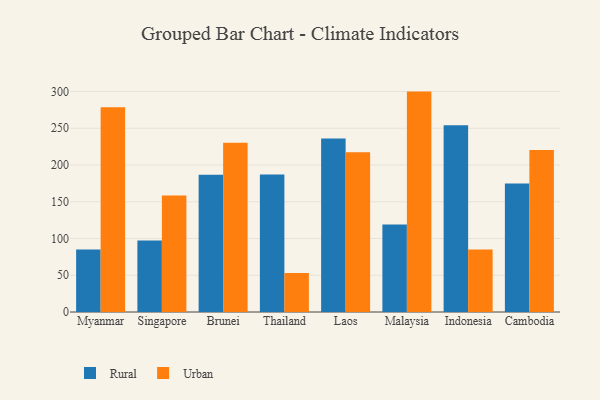
{"axis": {"x": "Country", "y": "Inventory Turnover"}, "legend": ["Rural", "Urban"], "data": [{"x": "Myanmar", "y": 84.9, "type": "Rural"}, {"x": "Myanmar", "y": 278.6, "type": "Urban"}, {"x": "Singapore", "y": 97.4, "type": "Rural"}, {"x": "Singapore", "y": 158.5, "type": "Urban"}, {"x": "Brunei", "y": 186.8, "type": "Rural"}, {"x": "Brunei", "y": 230.4, "type": "Urban"}, {"x": "Thailand", "y": 187.0, "type": "Rural"}, {"x": "Thailand", "y": 52.9, "type": "Urban"}, {"x": "Laos", "y": 236.2, "type": "Rural"}, {"x": "Laos", "y": 217.3, "type": "Urban"}, {"x": "Malaysia", "y": 119.0, "type": "Rural"}, {"x": "Malaysia", "y": 299.9, "type": "Urban"}, {"x": "Indonesia", "y": 254.2, "type": "Rural"}, {"x": "Indonesia", "y": 84.9, "type": "Urban"}, {"x": "Cambodia", "y": 174.8, "type": "Rural"}, {"x": "Cambodia", "y": 220.4, "type": "Urban"}]}